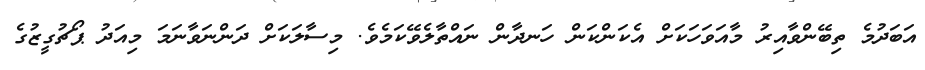
އަބަދުމެ ތިބޭންވާއިރު މާއަވަހަކަށް އެކަންކަން ހަނދާން ނައްތާލެވޭކަމެވެ. މިސާލަކަށް ދަންނަވާނަމަ މިއަދު ޕޯޗުގީޒުގެ